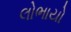
લોભાયો